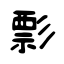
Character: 彯